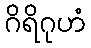
ဂိရိဂုဟံ